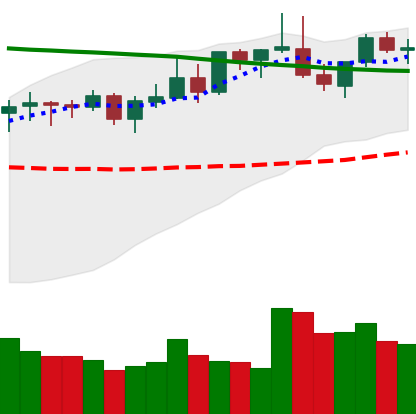
Ticker: LINK-USD
Chart end date: 2021-08-22
Forward return: -7.153%
Label: down_7plus